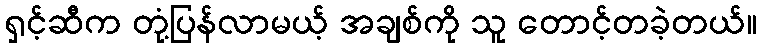
ရှင့်ဆီက တုံ့ပြန်လာမယ့် အချစ်ကို သူ တောင့်တခဲ့တယ်။